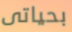
بحياتى